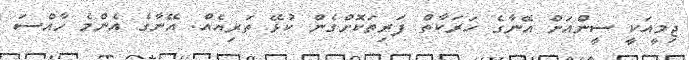
ޖިމީއަކީ ސީންއަށް އޭނާގެ ހަރަކާތް ފަރިތަކޮށްގެން ކުޅޭ ތަރިއެއް. އޭނާގެ އެންމެ ހާއްސަ